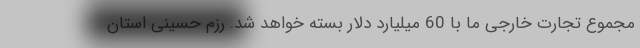
مجموع تجارت خارجی ما با 60 میلیارد دلار بسته خواهد شد. رزم حسینی استان